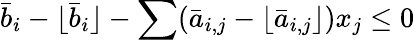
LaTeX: {\bar{b}}_{i}-\lfloor{\bar{b}}_{i}\rfloor-\sum({\bar{a}}_{i,j}-\lfloor{\bar{a}}_{i,j}\rfloor)x_{j}\leq 0